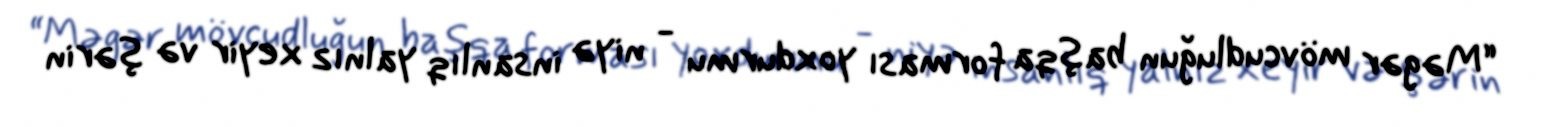
“Məgər mövcudluğun başqa forması yoxdurmu - niyə insanlıq yalnız xeyir və şərin